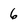
Character: 6